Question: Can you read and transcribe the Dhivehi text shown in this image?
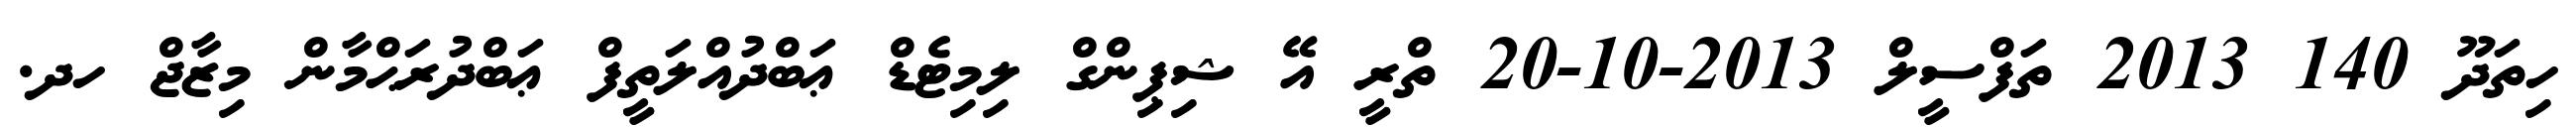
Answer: ހިތަދޫ 140 2013 ތަފްސީލް 2013-10-20 ތްރީ އޭ ޝިޕިންގް ލިމިޓެޑް ޢަބްދުއްލަތީފް ޢަބްދުރަޙްމާން މިޒާޖް ހދ.